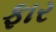
ફાર